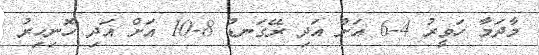
މާދަމާ ހަވީރު 4-6 އަށް އަދި ރޭގަނޑު 8-10 އަށް އަދި ހޮނިހިރު